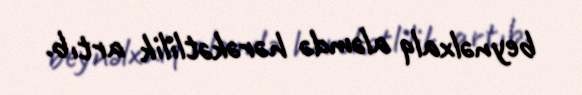
beynəlxalq aləmdə hərəkətlilik artıb.